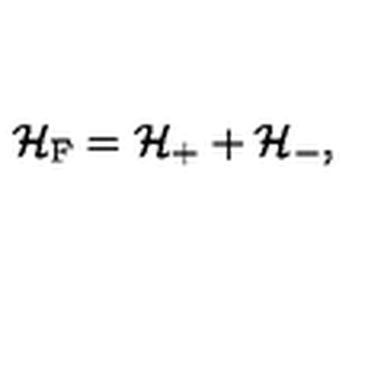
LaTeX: { \cal H } _ { \mathrm { F } } = { \cal H } _ { + } + { \cal H } _ { - } ,